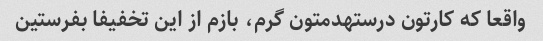
واقعا که کارتون درستهدمتون گرم، بازم از این تخفیفا بفرستین